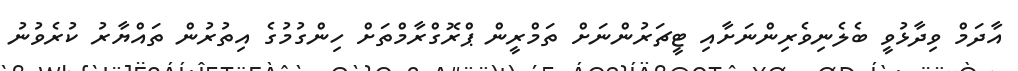
އާދަމް ވިދާޅުވީ ބެލެނިވެރިންނަށާއި ޓީޗަރުންނަށް ތަމްރީން ޕްރޮގްރާމްތަށް ހިންގުމުގެ އިތުރުން ތައްޔާރު ކުރެވުނު